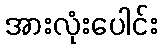
အားလုံးပေါင်း